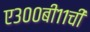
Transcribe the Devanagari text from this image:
ए३००बी११ची